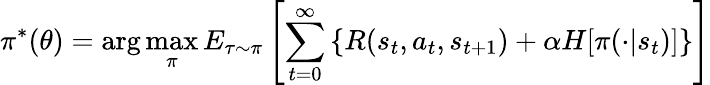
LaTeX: \pi^{*}(\theta)=\arg\operatorname*{max}_{\pi}E_{\tau\sim\pi}\left[\sum_{t=0}^{\infty}\left\{ R(s_{t},a_{t},s_{t+1})+\alpha H[\pi(\cdot|s_{t})]\right\} \right]